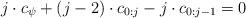
LaTeX: \begin{align*}j\cdot c_\psi + (j-2) \cdot c_{0:j} - j\cdot c_{0:j-1} =0\end{align*}